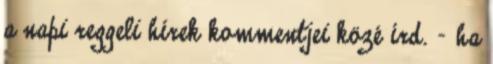
a napi reggeli hírek kommentjei közé írd. - ha